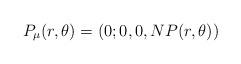
LaTeX: \begin{align*}P_{\mu }(r,\theta )=(0;0,0,NP(r,\theta )) \end{align*}